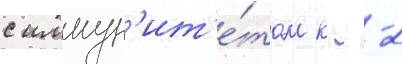
с иммун'ит'е́том к --2